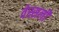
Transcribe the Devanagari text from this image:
वेस्सली